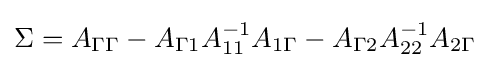
\Sigma =A_{\Gamma \Gamma }-A_{\Gamma 1}A_{11}^{-1}A_{1\Gamma }-A_{\Gamma 2}A_{22}^{-1}A_{2\Gamma }